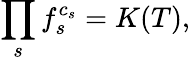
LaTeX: \prod_{s}f_{s}^{c_{s}}=K(T),